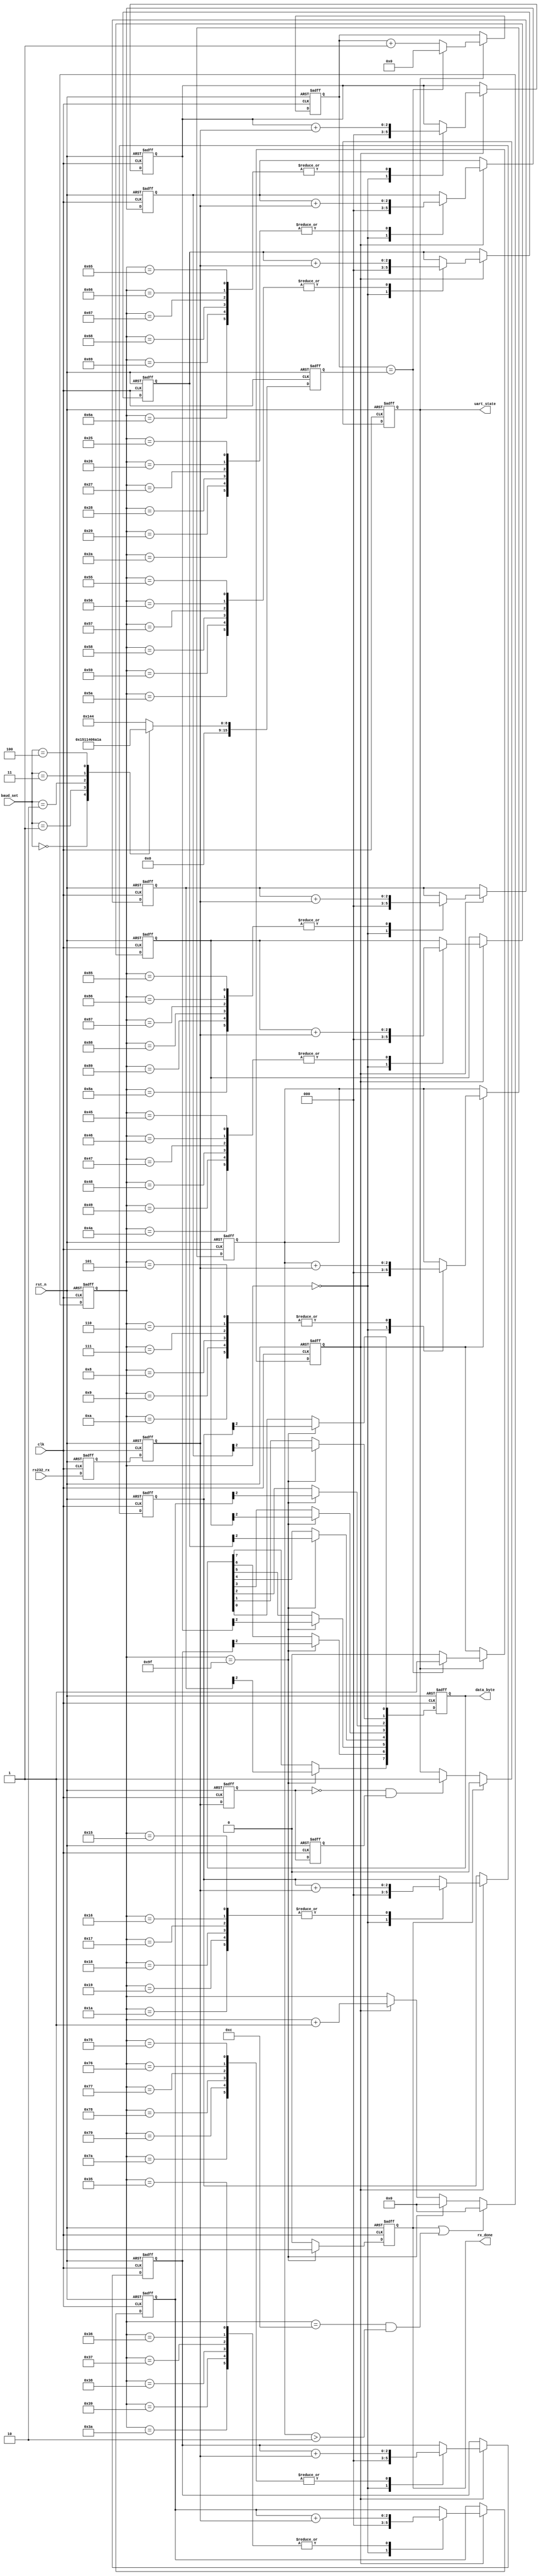
`timescale      1ns/1ps
// *********************************************************************************
// Project Name :       
// Blogs        : http://www.cnblogs.com/ninghechuan/
// Module Name  :
// Called By    :
// Abstract     :
//
// CopyRight(c) 2018, NingHeChuan Studio.. 
// All Rights Reserved
//
// *********************************************************************************
// Modification History:
// Date         By              Version                 Change Description
// -----------------------------------------------------------------------
// 2018/4/20    NingHeChuan       1.0                     Original
//  
// *********************************************************************************

module Uart_Byte_Rx(
	input 				clk,//50Mhz
	input 				rst_n,
	input 		[3:0]	baud_set,
	input 				rs232_rx,
	output 	reg 		uart_state,
	output	reg 		rx_done,
	output 	reg [7:0] 	data_byte
    );

reg [15:0] 	bps_DR;//2??2?
reg [7:0]	bps_cnt;//????y,????y????y?16?
reg 		bps_clk;//???
reg [15:0] 	div_cnt;//????y
reg 		s0_rs232_rx, s1_rs232_rx;//?2????????3y????
reg 		tmp0_rs232_rx, tmp1_rs232_rx;//y?Y????
wire 		nedege;//?2a?e???,??????2a
reg [2:0] 	r_data_byte [7:0];//?8??????a3?????
reg [2:0] 	START_BIT, STOP_BIT;

//2??2?
always @(posedge clk or negedge rst_n) begin
	if(!rst_n)
		bps_DR <= 0;	
	else begin
		case(baud_set)
		//0: bps_DR <= 324;//bps_9600x16
		0: bps_DR <= 1;//bps_9600x16 just for test
		1: bps_DR <= 162;//bps_19200x16
		2: bps_DR <= 80;//bps_38400x16
		3: bps_DR <= 53;//bps_57600x16
		4: bps_DR <= 26;//bps_115200x16
		default: bps_DR <= 324;//bps_9600x16
		endcase
	end
end	 

//??2???
always @(posedge clk or negedge rst_n)begin
	if(!rst_n)begin
		bps_clk <= 0;
		div_cnt <= 0;
	end
	else if(uart_state)begin
		if(div_cnt == bps_DR) begin
			bps_clk <= 1;
			div_cnt <= 0;
		end
		else begin
			bps_clk <= 0;
			div_cnt <= div_cnt + 1'b1;
		end
	end
end

//bps_cnt
always @(posedge clk or negedge rst_n) begin
	if(!rst_n)
		bps_cnt <= 0;
	else if(rx_done || (bps_cnt == 12) && (START_BIT > 2))
		bps_cnt <= 0;
	else begin
		if (bps_cnt == 159)
			bps_cnt <= 0;
		else if(bps_clk)
			bps_cnt <= bps_cnt + 1'b1;
		else 
			bps_cnt <= bps_cnt;
	end
end

//?e????2a??3???y?Y?2?|,????3y??????
always @(posedge clk or negedge rst_n) begin
	if(!rst_n) begin
		s0_rs232_rx <= 0;
		s1_rs232_rx <= 0;
	end
	else begin
		s0_rs232_rx <= rs232_rx;
		s1_rs232_rx <= s0_rs232_rx;
	end
end

//y?Y????
always @(posedge clk or negedge rst_n) begin
	if(!rst_n) begin
		tmp0_rs232_rx <= 0;
		tmp1_rs232_rx <= 0;
	end
	else begin
		tmp0_rs232_rx <= s1_rs232_rx;
		tmp1_rs232_rx <= tmp0_rs232_rx;
	end
end

assign nedege = !tmp0_rs232_rx & tmp1_rs232_rx;//??????2a

//??D?o?rx_done
always @(posedge clk or negedge rst_n)begin
	if(!rst_n)
		rx_done <= 0;
	else if(bps_cnt == 159)
		rx_done <= 1;
	else
		rx_done <= 0;
end

//y?Y??
always @(posedge clk or negedge rst_n)begin
	if(!rst_n)begin
		START_BIT <= 0;//?e???
		r_data_byte[0] <= 3'b0;
		r_data_byte[1] <= 3'b0;
		r_data_byte[2] <= 3'b0;
		r_data_byte[3] <= 3'b0;
		r_data_byte[4] <= 3'b0;
		r_data_byte[5] <= 3'b0;
		r_data_byte[6] <= 3'b0;
		r_data_byte[7] <= 3'b0;
		STOP_BIT <= 0;//????
	end
	else if(bps_clk)begin
		case(bps_cnt)
		0:begin
			START_BIT <= 0;//?e???
			r_data_byte[0] <= 3'b0;
			r_data_byte[1] <= 3'b0;
			r_data_byte[2] <= 3'b0;
			r_data_byte[3] <= 3'b0;
			r_data_byte[4] <= 3'b0;
			r_data_byte[5] <= 3'b0;
			r_data_byte[6] <= 3'b0;	
			r_data_byte[7] <= 3'b0;
			STOP_BIT <= 0;//????
		end
		5,6,7,8,9,10:START_BIT <= START_BIT + s1_rs232_rx;
		21,22,23,24,25,26:r_data_byte[0] <= r_data_byte[0] + s1_rs232_rx;
		37,38,39,40,41,42:r_data_byte[1] <= r_data_byte[1] + s1_rs232_rx;
		53,54,55,56,57,58:r_data_byte[2] <= r_data_byte[2] + s1_rs232_rx;
		69,70,71,72,73,74:r_data_byte[3] <= r_data_byte[3] + s1_rs232_rx;
		85,86,87,88,89,90:r_data_byte[4] <= r_data_byte[4] + s1_rs232_rx;
		101,102,103,104,105,106:r_data_byte[5] <= r_data_byte[5] + s1_rs232_rx;
		117,118,119,120,121,122:r_data_byte[6] <= r_data_byte[6] + s1_rs232_rx;
		133,134,135,136,137,138:r_data_byte[7] <= r_data_byte[7] + s1_rs232_rx;
		149,150,151,152,153,154:STOP_BIT <= STOP_BIT + s1_rs232_rx;
		default:;
		endcase
	end
end

//y?Y?3?
always @(posedge clk or negedge rst_n)begin
	if(!rst_n)begin
		data_byte <= 8'b0;
	end
	else if(bps_cnt == 159)begin
		data_byte[0] <= r_data_byte[0][2];
		data_byte[1] <= r_data_byte[1][2];
		data_byte[2] <= r_data_byte[2][2];
		data_byte[3] <= r_data_byte[3][2];
		data_byte[4] <= r_data_byte[4][2];
		data_byte[5] <= r_data_byte[5][2];
		data_byte[6] <= r_data_byte[6][2];
		data_byte[7] <= r_data_byte[7][2];
	end
end

//UART_state?a1?????|?0???D
always @(posedge clk or negedge rst_n)begin
	if(!rst_n)
		uart_state <= 1'b0;	
	else if(rx_done)
		uart_state <= 1'b0;	
	else if(nedege)
		uart_state <= 1'b1;
	else 
		uart_state <= uart_state;
end
	
endmodule